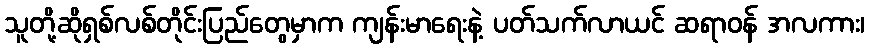
သူတို့ဆိုရှစ်လစ်တိုင်းပြည်တွေမှာက ကျန်းမာရေးနဲ့ ပတ်သက်လာယင် ဆရာဝန် အလကား၊